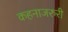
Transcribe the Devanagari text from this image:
कहनाजरुरी